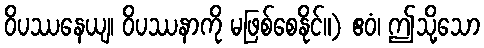
ဝိပဿနေယျ၊ ဝိပဿနာကို မဖြစ်စေနိုင်။) ဧဝံ၊ ဤသို့သော